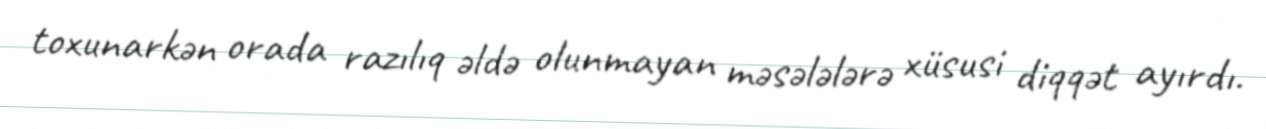
toxunarkən orada razılıq əldə olunmayan məsələlərə xüsusi diqqət ayırdı.